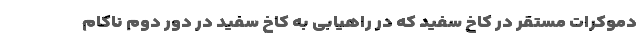
دموکرات مستقر در کاخ سفید که در راهیابی به کاخ سفید در دور دوم ناکام